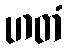
ဟတံ